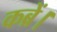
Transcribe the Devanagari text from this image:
कब्रें।